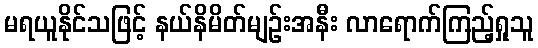
မရယူနိုင်သဖြင့် နယ်နိမိတ်မျဉ်းအနီး လာရောက်ကြည့်ရှုသူ